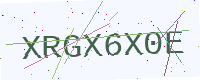
Text: XRGX6X0E